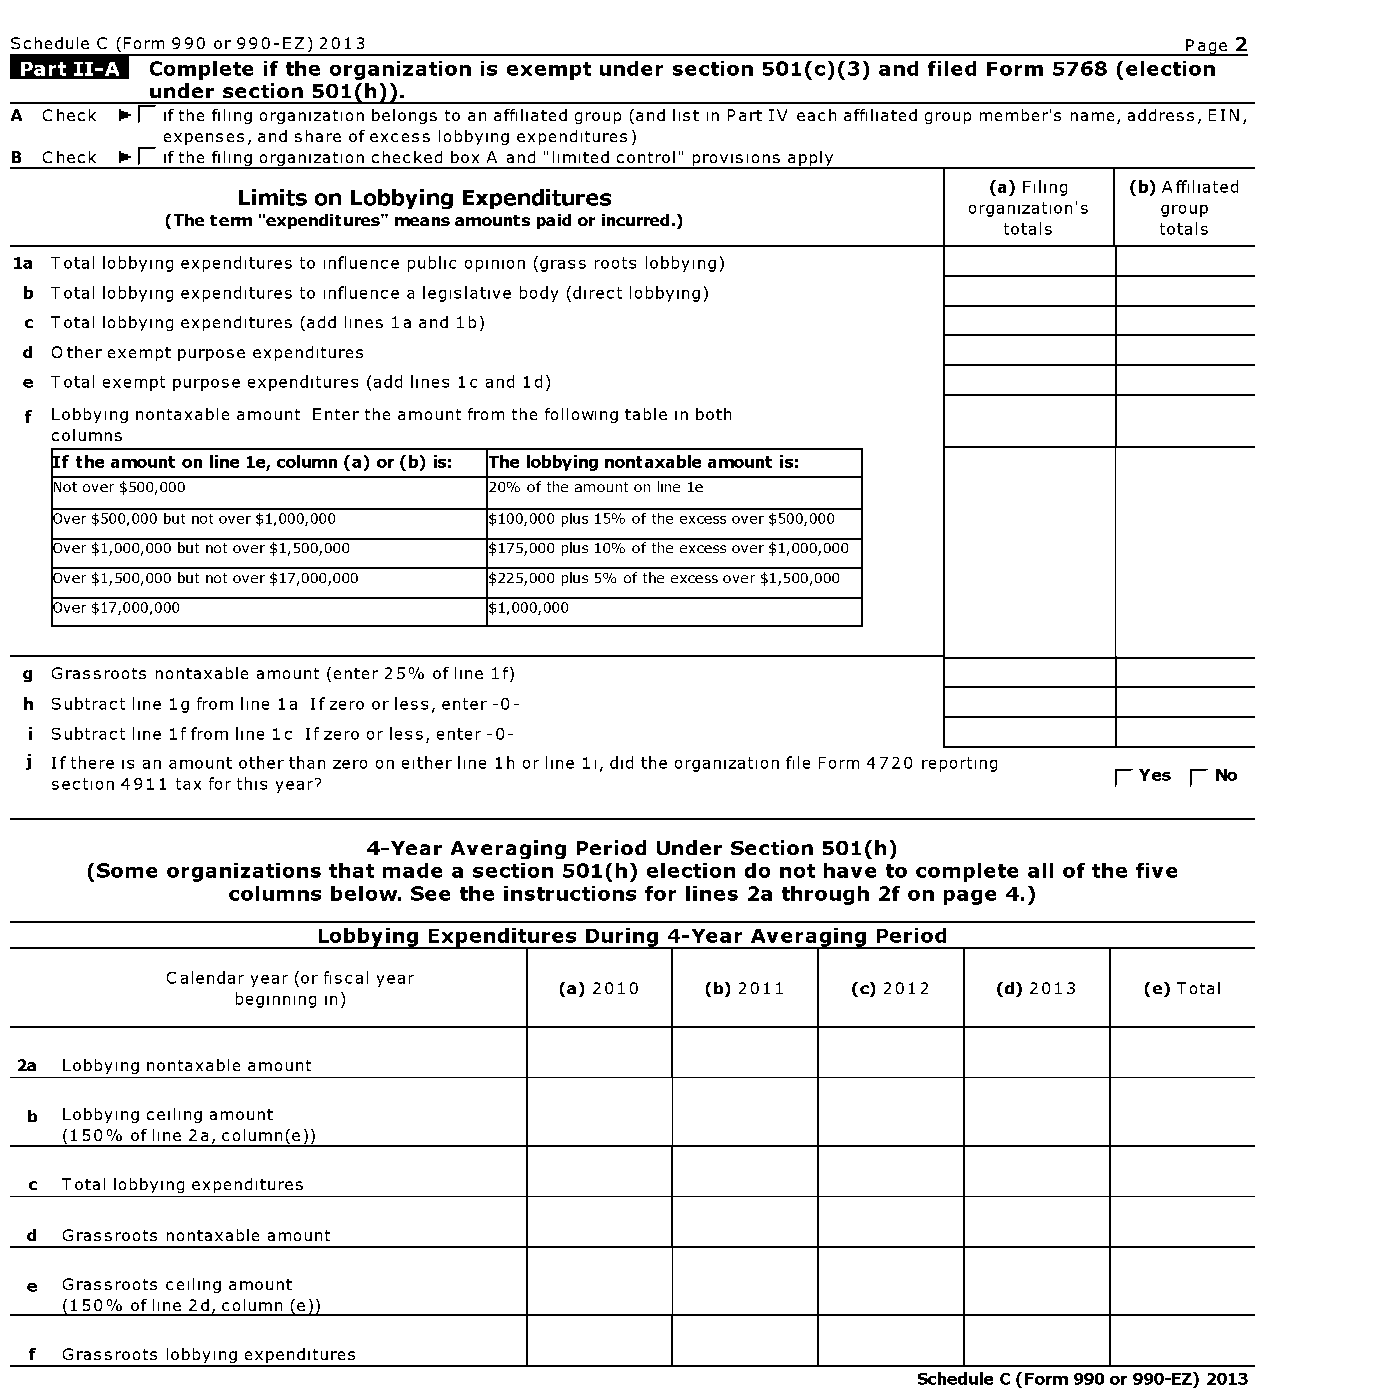
Schedule C (Form 990 or 990-EZ) 2013                                          Page 2
 Complete if the organization is exempt under section 501(c)(3) and filed Form 5768 (election
 under section 501(h)).
 A Check - (- ifthe filing organization belongs to an affiliated group (and list in Part IV each affiliated group member's name, address, EIN,
 expenses, and share ofexcess lobbying expenditures)
 B Check - (- ifthe filing organization checked box A and "limited control" provisions apply
 (a) Filing (b) Affiliated
 Limits on Lobbying Expenditures
 organization's group
 (The term "expenditures" means amounts paid or incurred.)
 totals     totals
 la Total lobbying expenditures to influence public opinion (grass roots lobbying)
 b Total lobbying expenditures to influence a legislative body (direct lobbying)
 c Total lobbying expenditures (add lines la and 1b)
 d Other exempt purpose expenditures
 e Total exempt purpose expenditures (add lines 1c and 1d)
 f Lobbying nontaxable amount Enter the amount from the following table in both
 columns
 If the amount on line le, column (a) or (b) is: The lobbying nontaxable amount is:
 Not over$500,000            20% ofthe amount on line le
 Over $500,000 but not over$1,000,000 $100,000 plus 15% ofthe excess over$500,000
 Over $1,000,000 but not over$1,500,000 $175,000 plus 10% ofthe excess over$1,000,000
 Over $1,500,000 but not over$17,000,000 $225,000 plus 5% ofthe excess over$1,500,000
 Over $17,000,000            $1,000,000
 g Grassroots nontaxable amount (enter 25% of line 1f)
 h Subtract line 1g from line la Ifzero or less, enter-0-
 i Subtract line 1ffrom line 1c Ifzero or less, enter-0-
 LE
 i Ifthere is an amount other than zero on either line 1h or line 11, did the organization file Form 4720 reporting
 F- Yes F- No
 section 4911 tax forthis year?
 4-Year Averaging Period Under Section 501(h)
 (Some organizations that made a section 501(h) election do not have to complete all of the five
 columns below. See the instructions for lines 2a through 2f on page 4.)
 Lobbying Expenditures During 4-Year Averaging Period
 Calendar year (or fiscal year
 (a) 2010  (b) 2011 (c) 2012  (d) 2013  (e) Total
 beginning in)
 2a Lobbying nontaxable amount
 b Lobbying ceiling amount
 (150% of line 2a, column(e))
 c Total lobbying expenditures
 d Grassroots nontaxable amount
 e Grassroots ceiling amount
 150% of line 2d column e
 f Grassroots lobbying expenditures
 Schedule C (Form 990 or 990-EZ) 2013